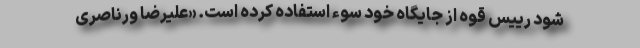
شود رییس قوه از جایگاه خود سوء استفاده کرده است. «علیرضا ورناصری